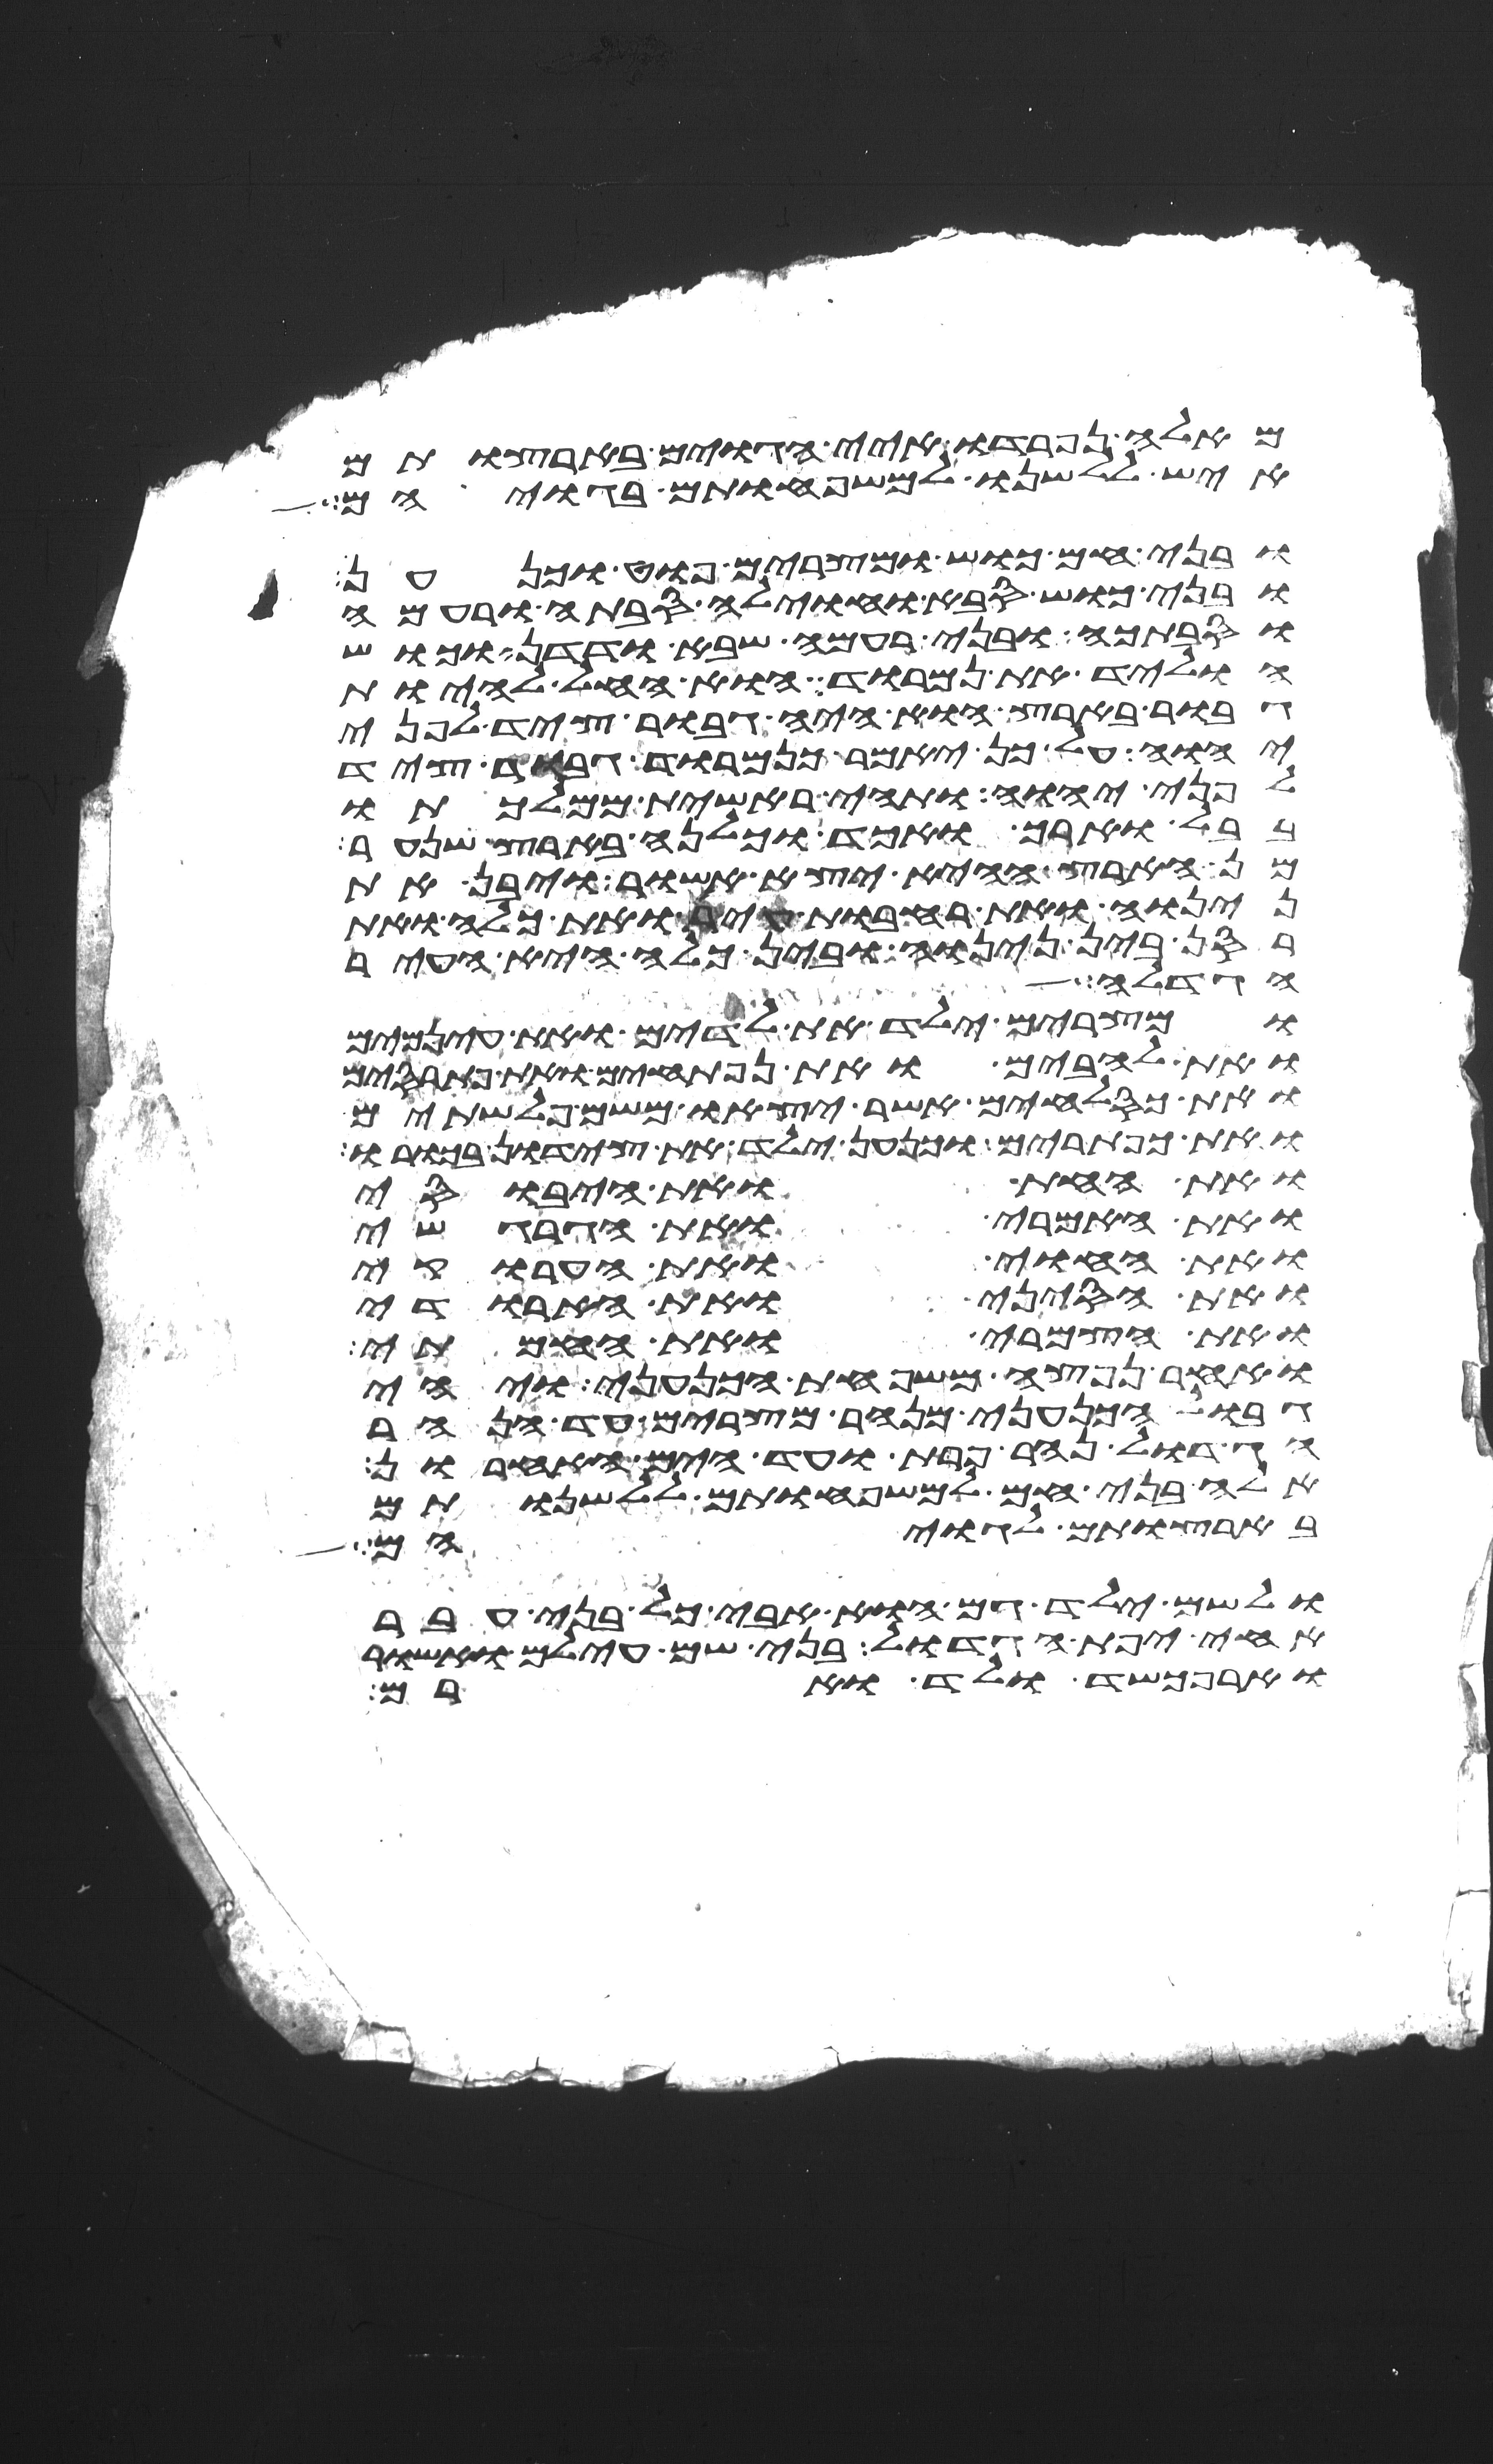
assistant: מאלה נפרדו איי הגוים בארצותם
איש ללשנו למשפחותם בגויהם
ובני חם כוש ומצרים פוט וכנען
ובני כוש סבה וחוילה סבתה ורעמה
וסבתכה ובני רעמה שבא ודדן וכוש
הוליד את נמרוד הוא החל להיות
גבור בארץ הוא היה גבור ציד לפני
יהוה על כן יאמר כנמרוד גבור ציד
לפני יהוה ותהי ראשית ממלכתו
בבל וארך ואכד וכלנה בארץ שנער
מן הארץ ההיא יצא אשור ויבן את
נינוה ואת רחבות עיר ואת כלח ואת
רסן בין נינוה ובין כלח היא העיר
הגדלה
ומצרים ילד את לדים ואת עינמים
ואת להבים ואת נפתחים ואת פתרסים
ואת כסלחים אשר יצאו משם פלשתים
ואת כפתרים וכנען ילד את צידון בכורו
ואת החת ואת היבוסי
ואת האמרי ואת הגרגשי
ואת החוי ואת הערוקי
ואת הסיני ואת הארודי
ואת הצמרי ואת החמתי
ואחר נפצה משפחת הכנעני ויהי
גבול הכנעני מנהר מצרים עד הנהר
הגדול נהר פרת ועד הים האחרון
אלה בני חם למשפחותם ללשנותם
בארצותם לגויהם
ולשם ילד גם הוא אבי כל בני עבר
אחי יפת הגדול בני שם עילם ואשור
וארפכשד ולד וארם